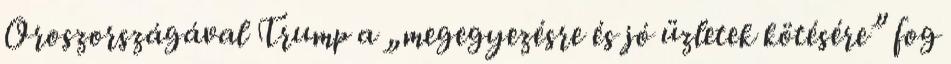
Oroszországával Trump a „megegyezésre és jó üzletek kötésére” fog